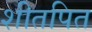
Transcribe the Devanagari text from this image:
शीतपित